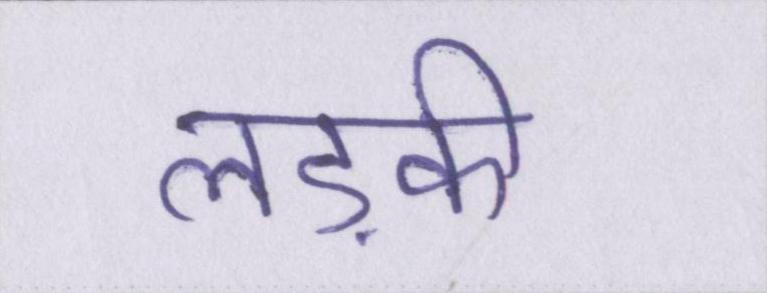
लड़की